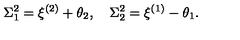
\Sigma _ { 1 } ^ { 2 } = \xi ^ { ( 2 ) } + \theta _ { 2 } , \quad \Sigma _ { 2 } ^ { 2 } = \xi ^ { ( 1 ) } - \theta _ { 1 } .